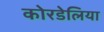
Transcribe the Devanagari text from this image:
कोरडेलिया